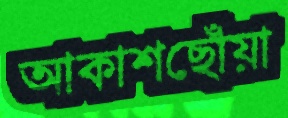
আকাশছোঁয়া